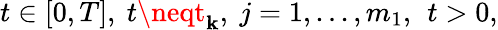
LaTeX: t\in[0,T],\ t\neqt_{\mathbf{k}},\ j=1,...,m_{1},\, \ t>0,